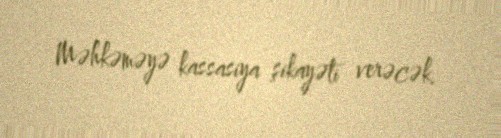
Məhkəməyə kassasiya şikayəti verəcək.